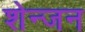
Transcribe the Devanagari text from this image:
शेन्जन